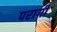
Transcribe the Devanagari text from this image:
परागी